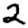
Digit: 2